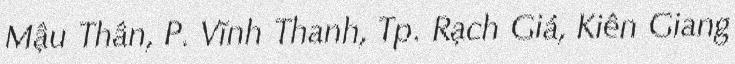
Mậu Thân, P. Vĩnh Thanh, Tp. Rạch Giá, Kiên Giang